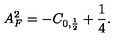
A _ { F } ^ { 2 } = - C _ { 0 , \frac { 1 } { 2 } } + \frac { 1 } { 4 } .